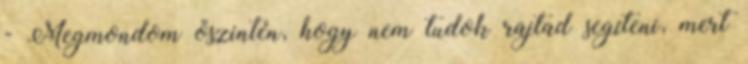
- Megmondom őszintén, hogy nem tudok rajtad segíteni, mert